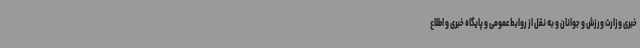
خبری وزارت ورزش و جوانان و به نقل از روابط عمومی و پایگاه خبری و اطلاع